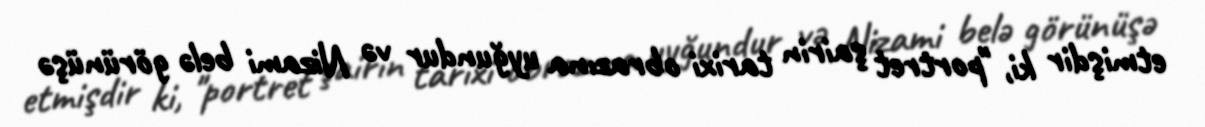
etmişdir ki, "portret şairin tarixi obrazına uyğundur və Nizami belə görünüşə